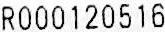
R000120516